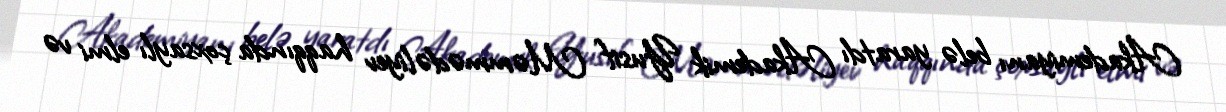
Akademiyanı belə yaratdı Akademik Yusif Məmmədəliyev haqqında çoxsaylı elmi və